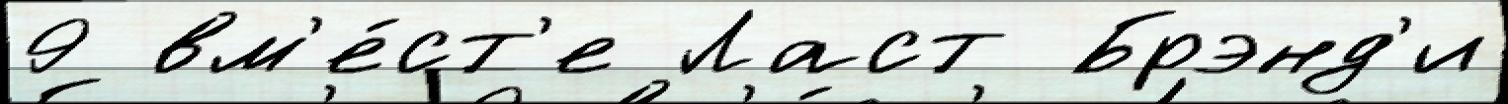
9 вм'е́ст'е Ласт Брэнд'и